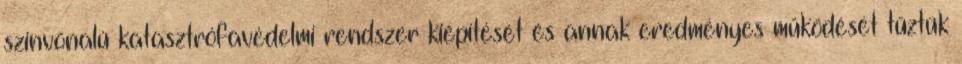
színvonalú katasztrófavédelmi rendszer kiépítését és annak eredményes működését tűztük